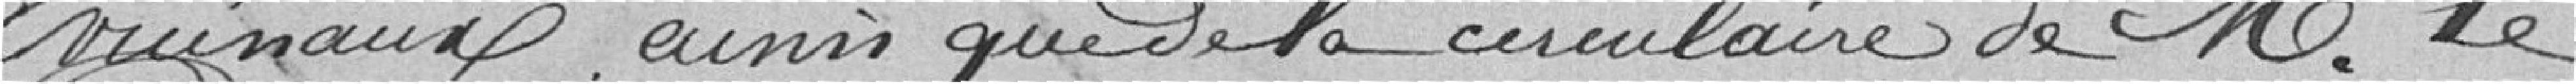
vicinaux ainsi que de la circulaire de Monsieur le